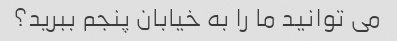
می توانید ما را به خیابان پنجم ببرید؟